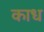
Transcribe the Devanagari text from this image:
काध